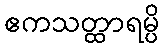
ဧကသတ္ထာရမ္ပိ